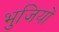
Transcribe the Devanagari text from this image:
भुजियों